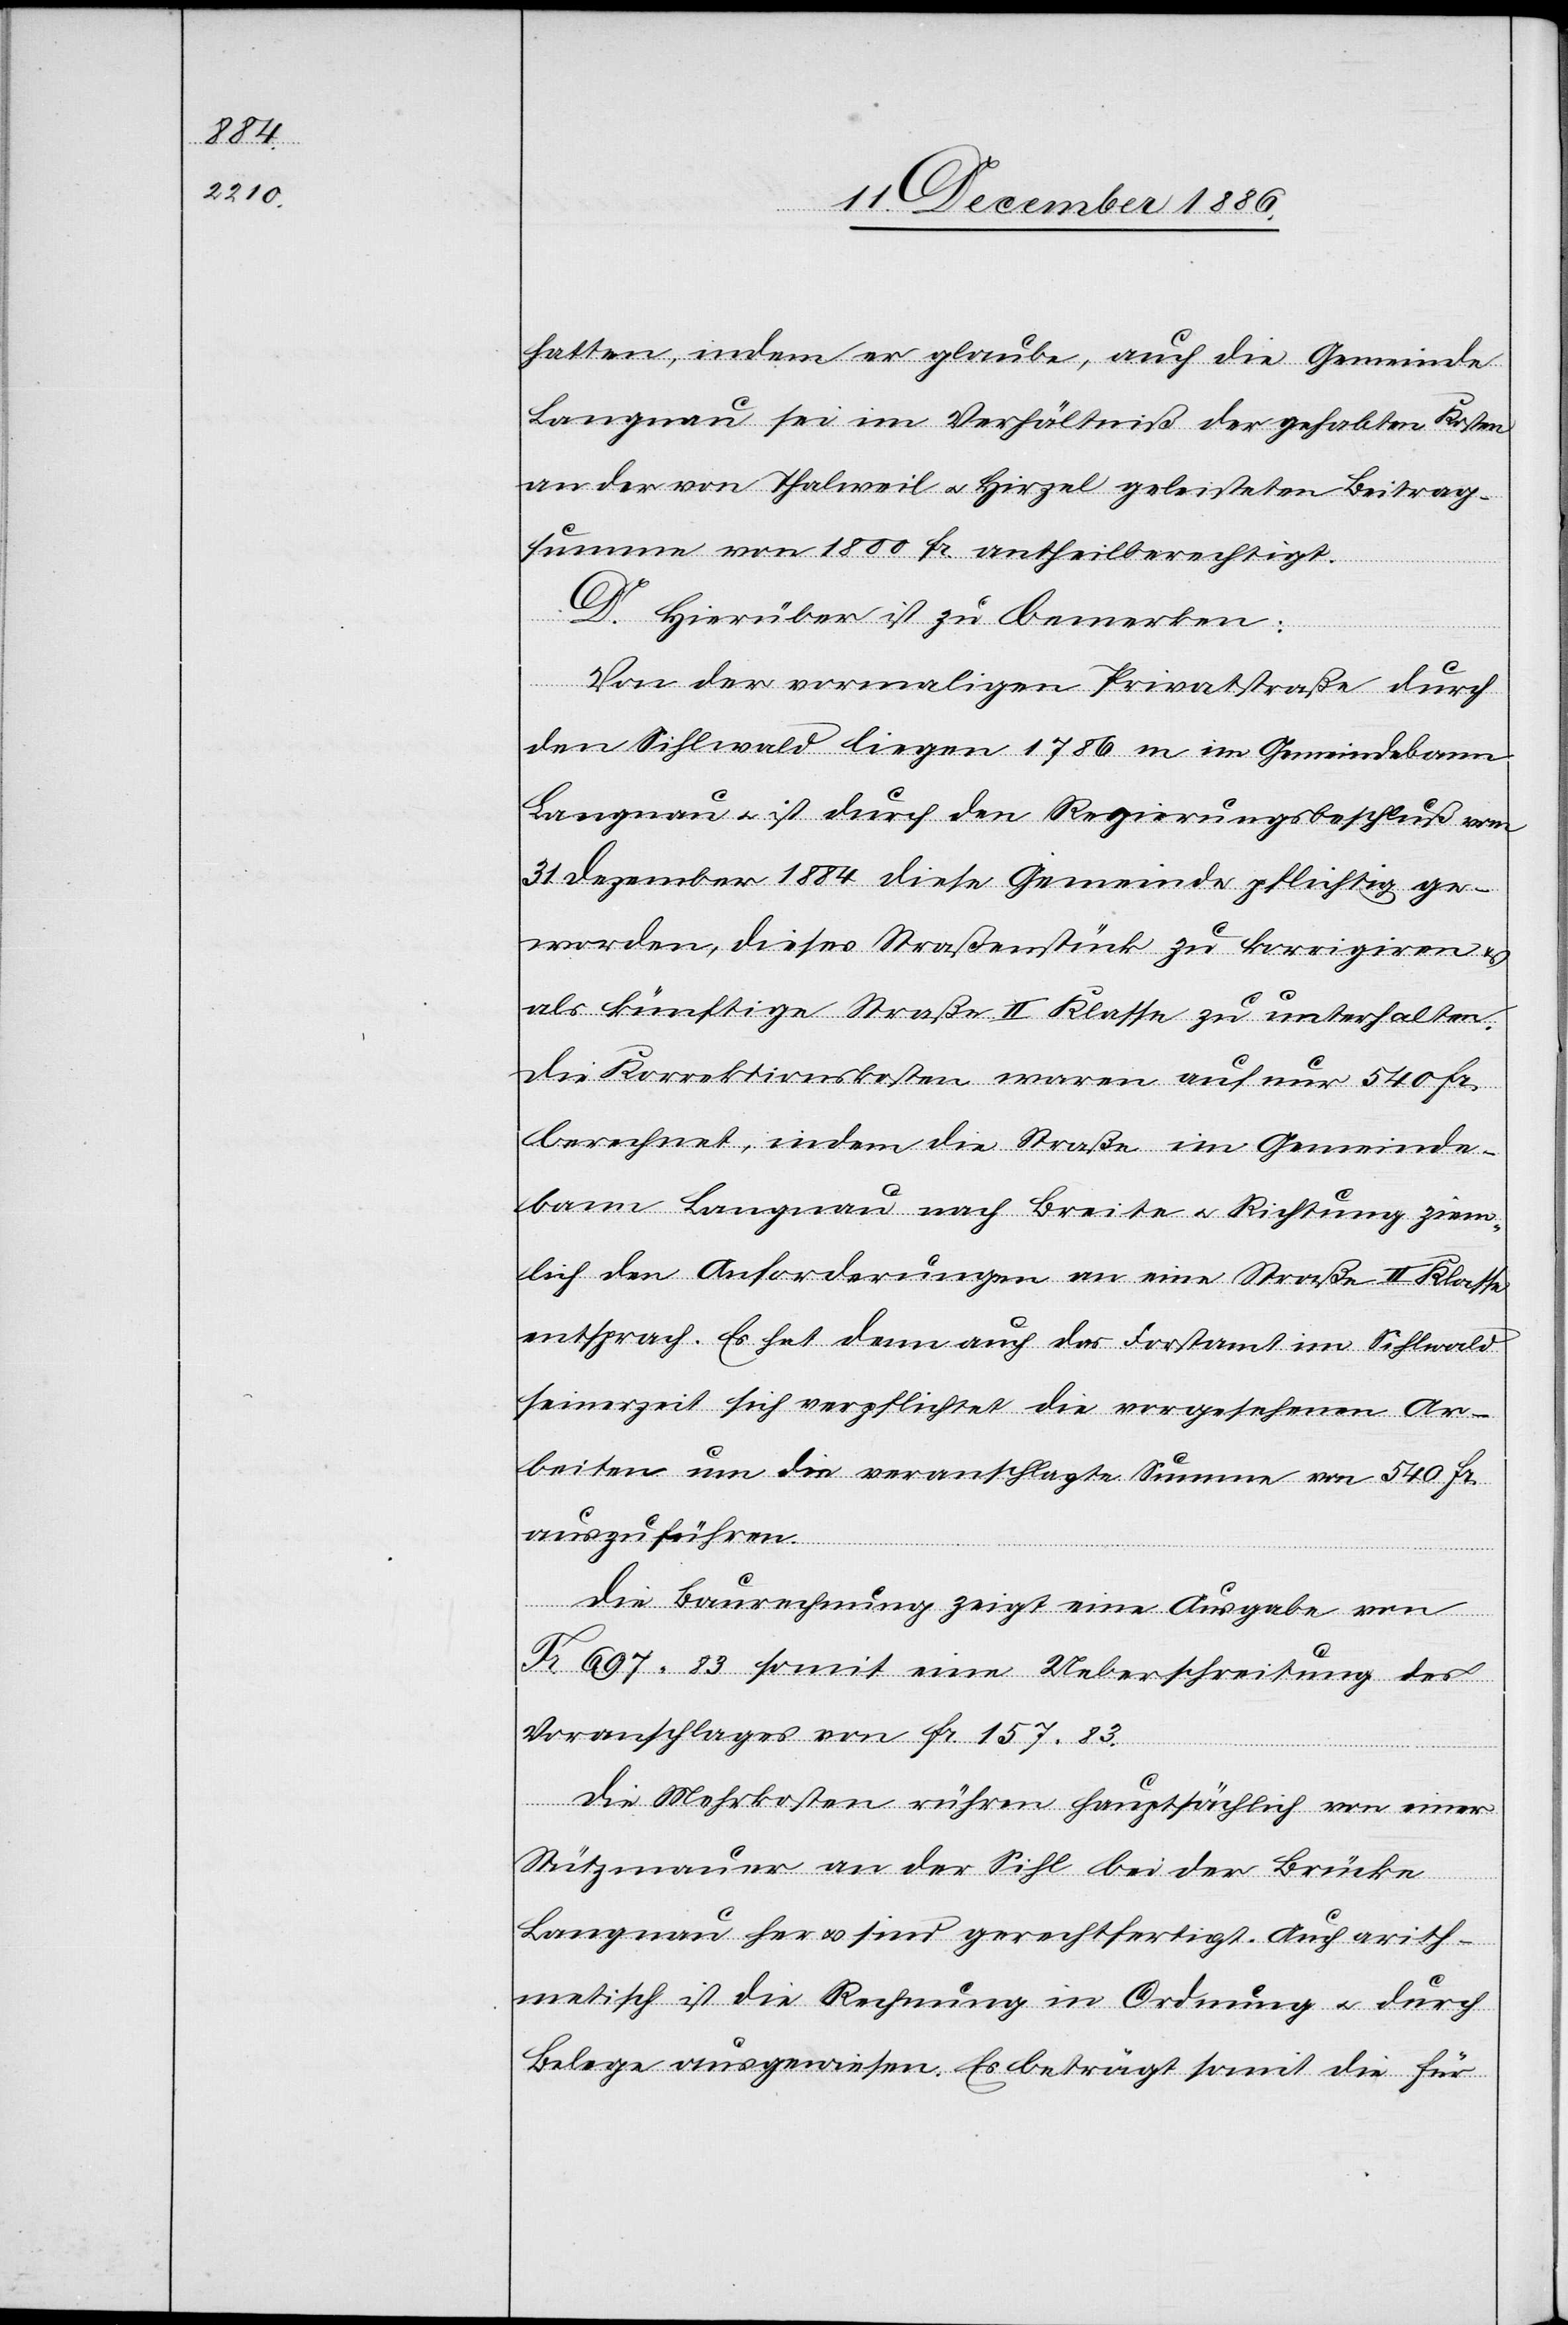
hatten, indem er glaube, auch die Gemeinde
Langnau sei im Verhältniß der gehabten Kosten
an der von Thalweil & Hirzel geleisteten Beitrag¬
summe von 1800 Fr. antheilberechtigt.
D. Hierüber ist zu bemerken:
Von der vormaligen Privatstraße durch
den Sihlwald liegen 1786 m im Gemeindebann
Langnau & ist durch den Regierungsbeschluß vom
31. Dezember 1884 diese Gemeinde pflichtig ge¬
worden, dieses Straßenstück zu korrigiren &
als künftige Straße II. Klasse zu unterhalten.
Die Korrektionskosten waren auf nur 540 Fr.
berechnet, indem die Straße im Gemeinde¬
bann Langnau nach Breite & Richtung ziem¬
lich den Anforderungen an eine Straße II. Klasse
entsprach. Es hat denn auch das Forstamt im Sihlwald
seinerzeit sich verpflichtet die vorgesehenen Ar¬
beiten um die veranschlagte Summe von 540 Fr.
auszuführen.
Die Baurechnung zeigt eine Ausgabe von
Fr. 697 83 somit eine Ueberschreitung des
Voranschlages von Fr. 157 83.
Die Mehrkosten rühren hauptsächlich von einer
Stützmauer an der Sihl bei der Brücke
Langnau her & sind gerechtfertigt. Auch arith¬
metisch ist die Rechnung in Ordnung & durch
Belege ausgewiesen. Es beträgt somit die für